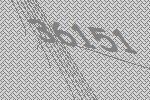
36151